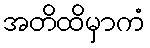
အတိထိမှာကံ